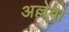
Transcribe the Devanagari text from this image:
अल्लेवा